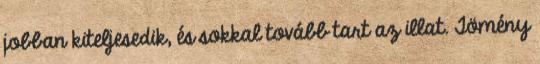
jobban kiteljesedik, és sokkal tovább tart az illat. Tömény